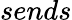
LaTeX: sends